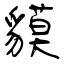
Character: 貘